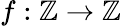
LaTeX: f:\mathbb{Z}\to\mathbb{Z}